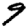
Digit: 9